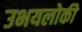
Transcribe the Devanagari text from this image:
उभयलोकी